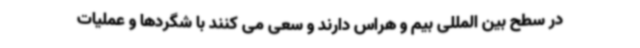
در سطح بین المللی بیم و هراس دارند و سعی می کنند با شگردها و عملیات